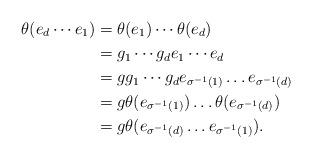
LaTeX: \begin{align*}\theta(e_d\cdots e_1)&=\theta(e_1)\cdots\theta(e_d)\\&=g_1\cdots g_d e_1\cdots e_d\\&=gg_1\cdots g_d e_{\sigma^{-1}(1)}\ldots e_{\sigma^{-1}(d)}\\&=g\theta(e_{\sigma^{-1}(1)})\ldots \theta(e_{\sigma^{-1}(d)})\\&=g\theta(e_{\sigma^{-1}(d)}\ldots e_{\sigma^{-1}(1)}).\end{align*}